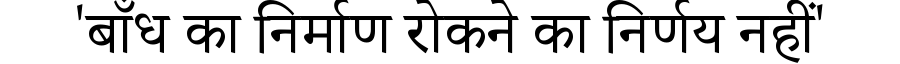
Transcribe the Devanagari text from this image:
'बाँध का निर्माण रोकने का निर्णय नहीं'